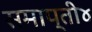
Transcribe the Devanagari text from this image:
समाप्ती४